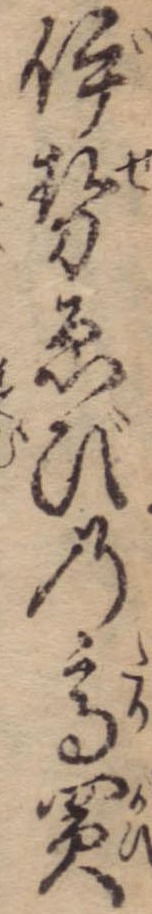
伊勢ゑびの高買